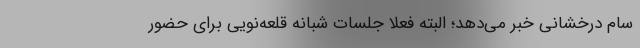
سام درخشانی خبر می‌دهد؛ البته فعلا جلسات شبانه قلعه‌نویی برای حضور